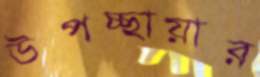
উপচ্ছায়ার